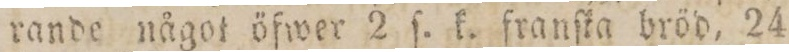
rande något öfwer 2 ſ. k. franſka bröd, 24